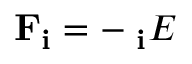
\mathbf { F _ { i } } = - \mathbf { \nabla _ { i } } E